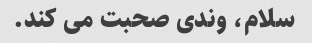
سلام، وندی صحبت می کند.